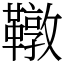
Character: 䪃